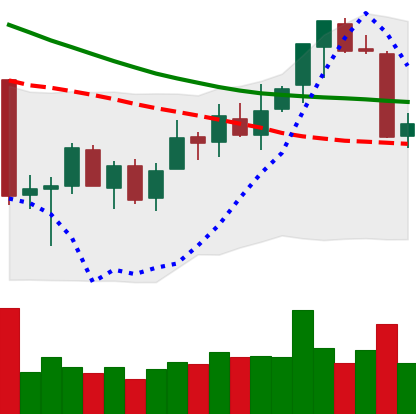
Ticker: ETC-USD
Chart end date: 2018-07-11
Forward return: 5.616%
Label: up_5_7